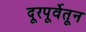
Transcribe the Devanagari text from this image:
दूरपूर्वेतून